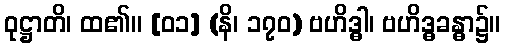
ဝုဋ္ဌာတိ၊ ထ၏။ [၀၁] (နိ၊ ၁၇၀) ဗဟိဒ္ဓါ၊ ဗဟိဒ္ဓခန္ဓာ၌။